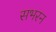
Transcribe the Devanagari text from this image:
सभरन